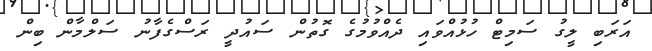
އަރަބި ލީގު ސަމިޓް ހުޅުއްވައި ދެއްވުމުގެ ގޮތުން ސައުދީ ރަސްގެފާނު ސަލްމާން ބިން